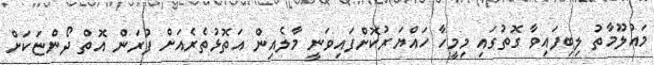
މައުލޫމާތު ލިބިފައިވާ ގޮތުގައި މިމީހާ ހައްޔަރުކޮށްފައިވަނީ މާލެއިން އަތޮޅުތެރެއަށް ފުރަން އޮތް ދޯންޏަކަށް